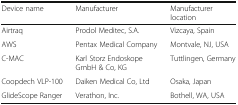
<table><thead><tr><td><b>Device name</b></td><td><b>Manufacturer</b></td><td><b>Manufacturer location</b></td></tr></thead><tbody><tr><td>Airtraq</td><td>Prodol Meditec, S.A.</td><td>Vizcaya, Spain</td></tr><tr><td>AWS</td><td>Pentax Medical Company</td><td>Montvale, NJ, USA</td></tr><tr><td>C-MAC</td><td>Karl Storz Endoskope GmbH &amp; Co, KG</td><td>Tuttlingen, Germany</td></tr><tr><td>Coopdech VLP-100</td><td>Daiken Medical Co, Ltd</td><td>Osaka, Japan</td></tr><tr><td>GlideScope Ranger</td><td>Verathon, Inc.</td><td>Bothell, WA, USA</td></tr></tbody></table>